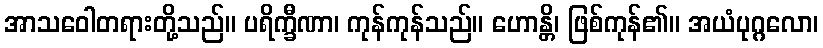
အာသဝေါတရားတို့သည်။ ပရိက္ခီဏာ၊ ကုန်ကုန်သည်။ ဟောန္တိ၊ ဖြစ်ကုန်၏။ အယံပုဂ္ဂလော၊